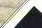
عامل